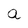
Character: a